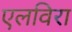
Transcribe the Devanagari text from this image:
एलविरा